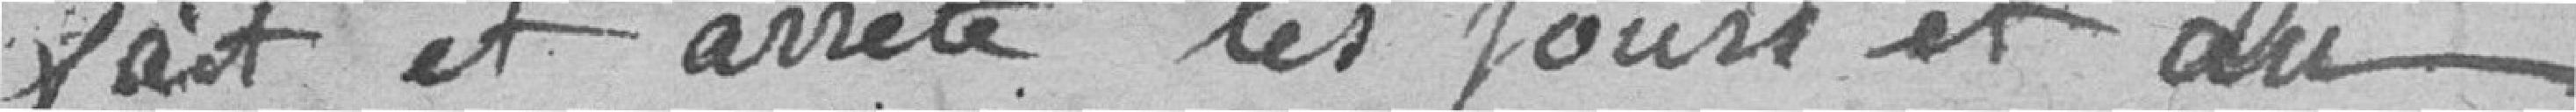
fait et arrête les jours et an